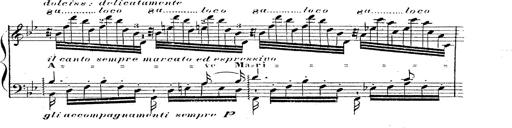
Title: 12 Lieder von Franz Schubert
Composer: Franz Liszt